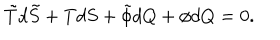
LaTeX: \tilde { T } d \tilde { S } + T d S + \tilde { \phi } d Q + \phi d Q = 0 .